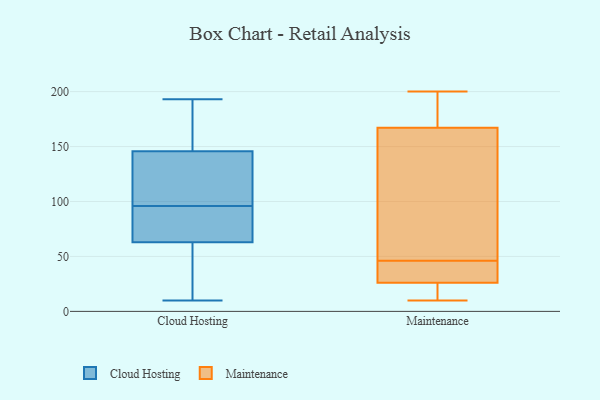
{"axis": {"x": "Budget (USD K)", "y": "Value"}, "legend": ["Cloud Hosting", "Maintenance"], "data": [{"x": "", "y": 71, "type": "Cloud Hosting"}, {"x": "", "y": 160, "type": "Cloud Hosting"}, {"x": "", "y": 10, "type": "Cloud Hosting"}, {"x": "", "y": 141, "type": "Cloud Hosting"}, {"x": "", "y": 96, "type": "Cloud Hosting"}, {"x": "", "y": 45, "type": "Cloud Hosting"}, {"x": "", "y": 140, "type": "Cloud Hosting"}, {"x": "", "y": 117, "type": "Cloud Hosting"}, {"x": "", "y": 189, "type": "Cloud Hosting"}, {"x": "", "y": 92, "type": "Cloud Hosting"}, {"x": "", "y": 68, "type": "Cloud Hosting"}, {"x": "", "y": 48, "type": "Cloud Hosting"}, {"x": "", "y": 193, "type": "Cloud Hosting"}, {"x": "", "y": 200, "type": "Maintenance"}, {"x": "", "y": 166, "type": "Maintenance"}, {"x": "", "y": 46, "type": "Maintenance"}, {"x": "", "y": 17, "type": "Maintenance"}, {"x": "", "y": 31, "type": "Maintenance"}, {"x": "", "y": 170, "type": "Maintenance"}, {"x": "", "y": 39, "type": "Maintenance"}, {"x": "", "y": 99, "type": "Maintenance"}, {"x": "", "y": 99, "type": "Maintenance"}, {"x": "", "y": 29, "type": "Maintenance"}, {"x": "", "y": 12, "type": "Maintenance"}, {"x": "", "y": 187, "type": "Maintenance"}, {"x": "", "y": 10, "type": "Maintenance"}]}